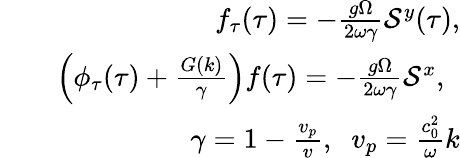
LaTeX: \begin{array}{rlr}&{}&{f_{\tau}(\tau)=-\frac{g\Omega}{2\omega\gamma}\mathcal{S}^{y}(\tau),}\\ &{}&{\left(\phi_{\tau}(\tau)+\frac{G(k)}{\gamma}\right)f(\tau)=-\frac{g\Omega}{2\omega\gamma}\mathcal{S}^{x},\; \; }\\ &{}&{\gamma=1-\frac{v_{p}}{v},\; \; v_{p}=\frac{c_{0}^{2}}{\omega}k}\end{array}